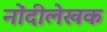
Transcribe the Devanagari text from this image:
नोंदीलेखक